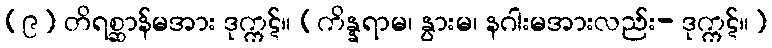
(၉) တိရစ္ဆာန်မအား ဒုက္ကဋ်။ (ကိန္နရာမ၊ နွားမ၊ နဂါးမအားလည်း- ဒုက္ကဋ်။)